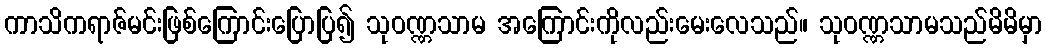
ကာသိကရာဇ်မင်းဖြစ်ကြောင်းပြောပြ၍ သုဝဏ္ဏသာမ အကြောင်းကိုလည်းမေးလေသည်။ သုဝဏ္ဏသာမသည်မိမိမှာ